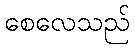
စေလေသည်